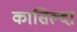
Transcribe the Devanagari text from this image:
कासिल्दा